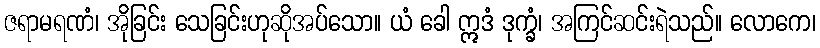
ဇရာမရဏံ၊ အိုခြင်း သေခြင်းဟုဆိုအပ်သော။ ယံ ခေါ ဣဒံ ဒုက္ခံ၊ အကြင်ဆင်းရဲသည်။ လောကေ၊